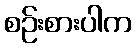
စဉ်းစားပါက